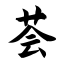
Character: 荟